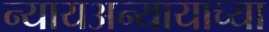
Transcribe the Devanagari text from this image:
न्यायअन्यायाच्या